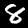
Label: 8